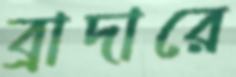
ব্রাদারে